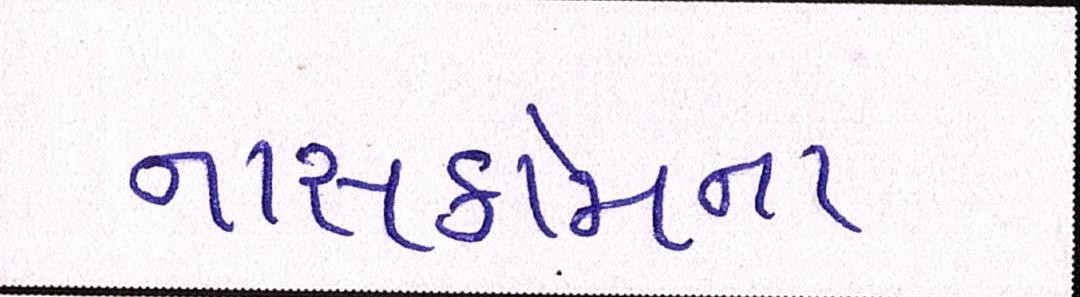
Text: નાસકોમના